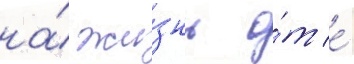
на́ жи́знь о́т е́